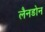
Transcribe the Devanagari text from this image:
लैनडोन